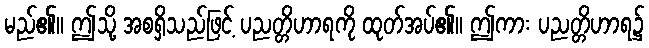
မည်၏။ ဤသို့ အစရှိသည်ဖြင့် ပညတ္တိဟာရကို ထုတ်အပ်၏။ ဤကား ပညတ္တိဟာရ၌